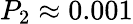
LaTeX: P_{\mathrm{2}}\approx 0.001